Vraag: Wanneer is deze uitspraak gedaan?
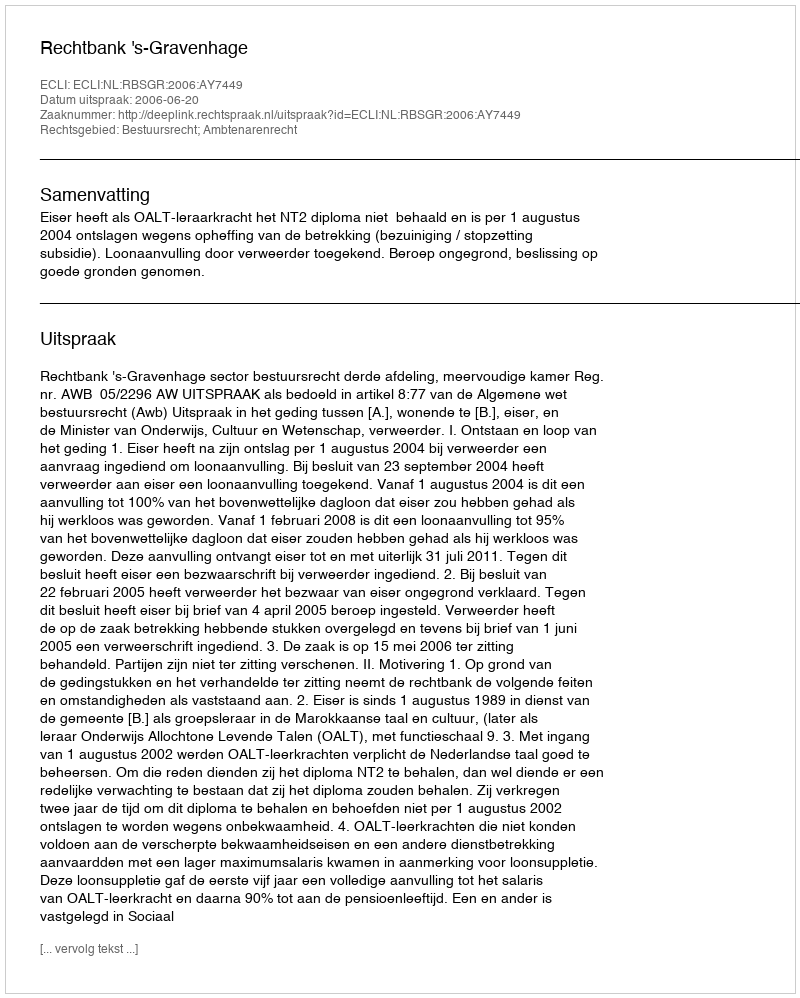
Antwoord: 2006-06-20